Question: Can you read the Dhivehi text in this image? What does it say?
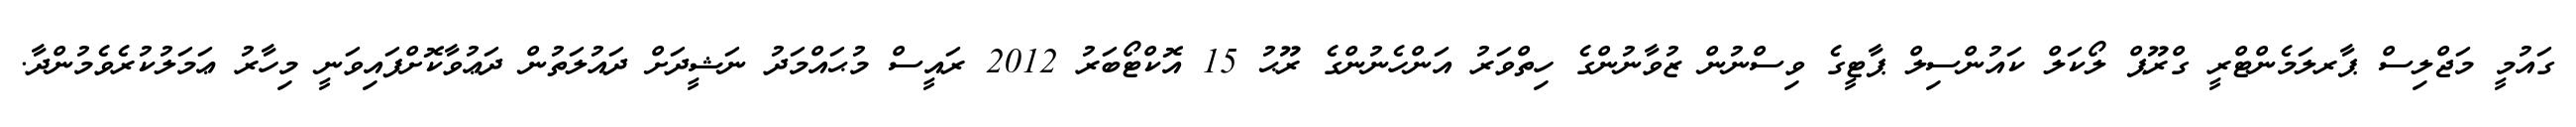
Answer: ގައުމީ މަޖްލިސް ޕާރލަމެންޓްރީ ގްރޫޕް ލޯކަލް ކައުންސިލް ޕާޓީގެ ވިސްނުން ޒުވާނުންގެ ހިތްވަރު އަންހެނުންގެ ރޫޙު 15 އޮކްޓޯބަރު 2012 ރައީސް މުޙައްމަދު ނަޝީދަށް ދައުލަތުން ދަޢުވާކޮށްފައިވަނީ މިހާރު ޢަމަލުކުރެވެމުންދާ.